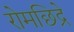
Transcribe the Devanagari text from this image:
रोमछिद्रे